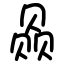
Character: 赑